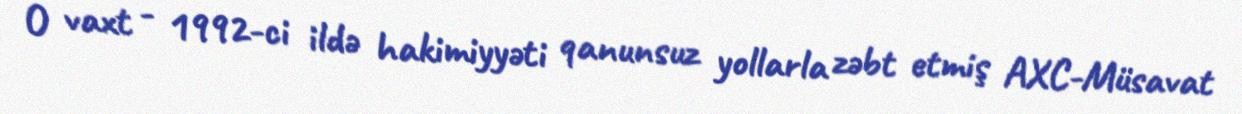
O vaxt - 1992-ci ildə hakimiyyəti qanunsuz yollarla zəbt etmiş AXC-Müsavat